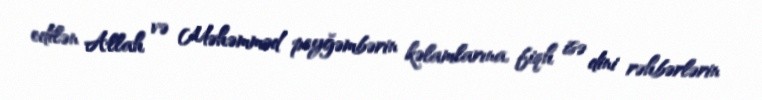
edilən Allah və Məhəmməd peyğəmbərin kəlamlarına, fiqh isə dini rəhbərlərin